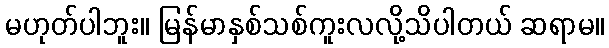
မဟုတ်ပါဘူး။ မြန်မာနှစ်သစ်ကူးလလို့သိပါတယ် ဆရာမ။